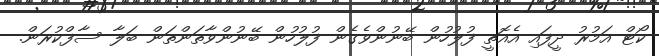
ކޯޓް އަމުރު ދީފައި އެއޮތީ ފުލުހުން ބޭނުންވެގެން ފުލުހުން ބޭނުންވާތަންތަން ބަލާ ސާފްކުރަން.